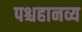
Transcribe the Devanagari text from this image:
पश्चहानव्य